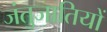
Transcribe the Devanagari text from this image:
जंतुजातियों